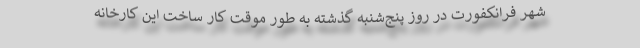
شهر فرانکفورت در روز پنج‌شنبه گذشته به طور موقت کار ساخت این کارخانه